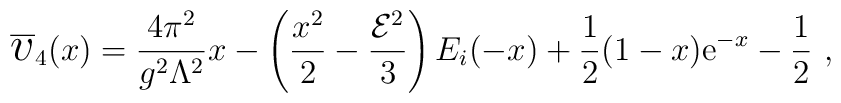
\overline{\mbox{\Large$v$}}_{4}(x)={4\pi^{2}\over g^{2}\Lambda^{2}}x-\left({x^{2}\over2}-{{\cal E}^{2}\over3}\right)E_{i}(-x)+{1\over2}(1-x){\mathrm e}^{-x}-{1\over2}\ ,